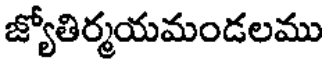
జ్యోతిర్మయమండలము